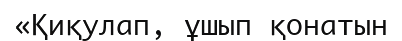
«Қиқулап, ұшып қонатын